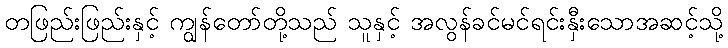
တဖြည်းဖြည်းနှင့် ကျွန်တော်တို့သည် သူနှင့် အလွန်ခင်မင်ရင်းနှီးသောအဆင့်သို့